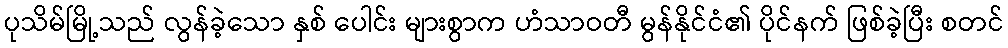
ပုသိမ်မြို့သည် လွန်ခဲ့သော နှစ် ပေါင်း များစွာက ဟံသာဝတီ မွန်နိုင်ငံ၏ ပိုင်နက် ဖြစ်ခဲ့ပြီး စတင်